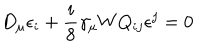
D _ { \mu } \epsilon _ { i } + \frac { i } { 8 } \gamma _ { \mu } W Q _ { i j } \epsilon ^ { j } = 0